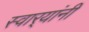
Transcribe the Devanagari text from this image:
स्वार्‍यांनी